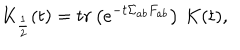
K _ { \frac 1 2 } ( t ) = t r \left( e ^ { - t \Sigma _ { a b } F _ { a b } } \right) \, K ( t ) ,